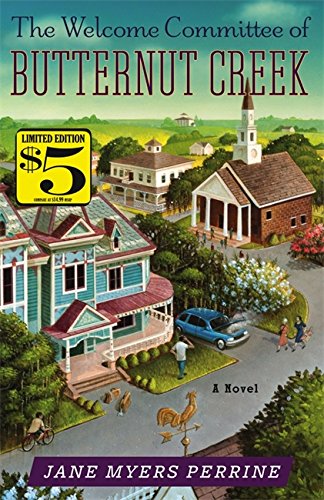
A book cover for The Welcome Committee of Butternut Creek: A Novel; Jane Myers Perrine; Romance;